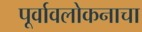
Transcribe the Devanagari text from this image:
पूर्वावलोकनाचा